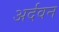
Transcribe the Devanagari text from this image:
अर्दवन